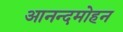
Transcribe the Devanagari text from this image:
आनन्दमोहन